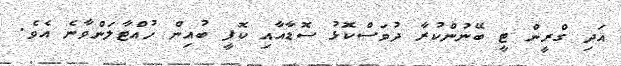
އަދި ގްރީން ޓީ ބޭނުންކުރާ ދުވަސްކޮޅު ސޮޑާއާއި ކޮފީ ބުއިން ހުއްޓާލަންވާނެ އެވެ.